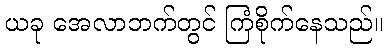
ယခု အေလာဘက်တွင် ကြံစိုက်နေသည်။